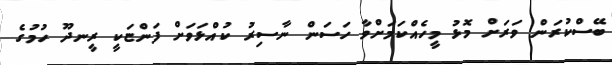
ބޭސްކުރަން ވަރަށް މޮޅު މީހެއްކަމަށްވާ ހަސަން ނާސިރު ކުއްޅަވަށް ފަންޏަކީ ރީނދޫ ހުމުގެ